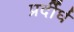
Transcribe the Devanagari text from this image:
प्रर्दीर्घ